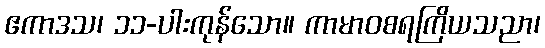
ဧကာဒသ၊ ၁၁-ပါးကုန်သော။ ကာမာဝစရကြိယသညာ၊